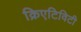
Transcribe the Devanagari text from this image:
क्रिएटिविटी